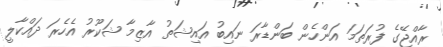
ރާއްޖޭގެ ފުރަތަމަ އަންހެން ބަންޑާރަ ނައިބު އައިޝަތު އާޒިމާ ޝަކޫރު އެހެރަ ދައްކާލީ